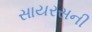
સાયરસની